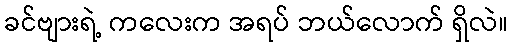
ခင်ဗျားရဲ့ ကလေးက အရပ် ဘယ်လောက် ရှိလဲ။